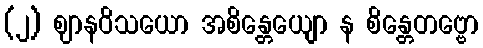
(၂) ဈာနဝိသယော အစိန္တေယျော န စိန္တေတဗ္ဗော